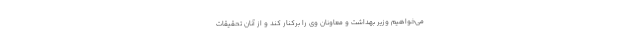
می‌خواهیم وزیر بهداشت و معاونان وی را برکنار کند و از آنان تحقیقات